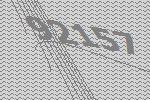
92157